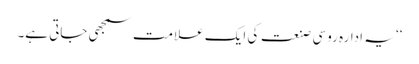
‘‘ یہ ادارہ روسی صنعت کی ایک علامت سمجھی جاتی ہے۔